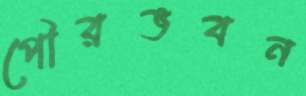
পৌরভবন